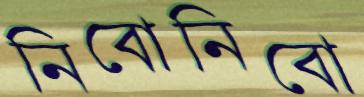
নিবোনিবো